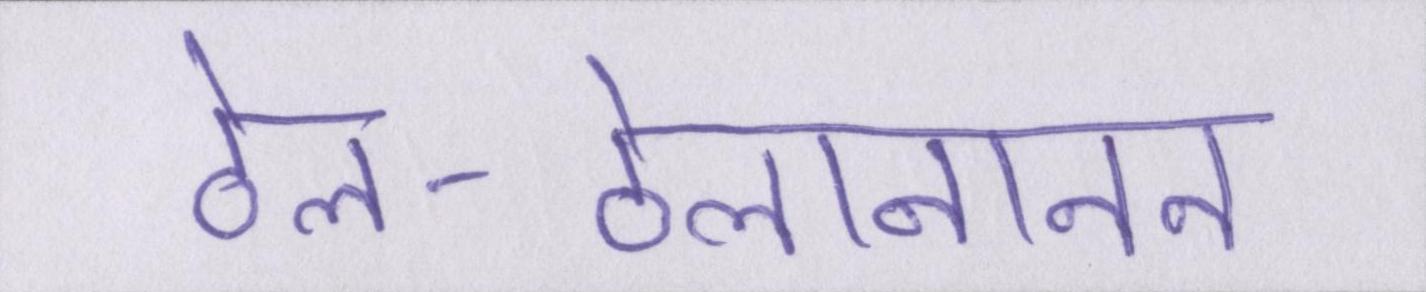
ठेल-ठेलानानन